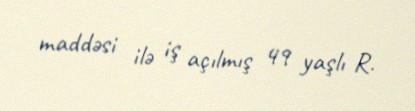
maddəsi ilə iş açılmış 49 yaşlı R.